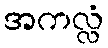
အကလ္လံ